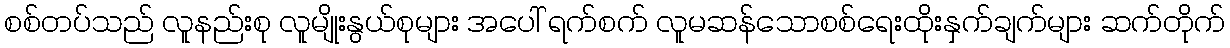
စစ်တပ်သည် လူနည်းစု လူမျိုးနွယ်စုများ အပေါ် ရက်စက် လူမဆန်သောစစ်ရေးထိုးနှက်ချက်များ ဆက်တိုက်